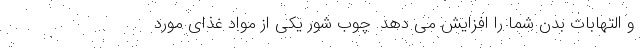
و التهابات بدن شما را افزایش می دهد. چوب شور یکی از مواد غذای مورد